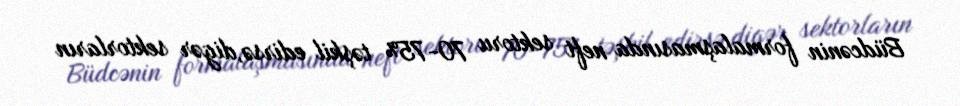
Büdcənin formalaşmasında neft sektoru 70-75% təşkil edirsə,digər sektorların